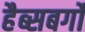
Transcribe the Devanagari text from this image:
हैब्सबर्गों